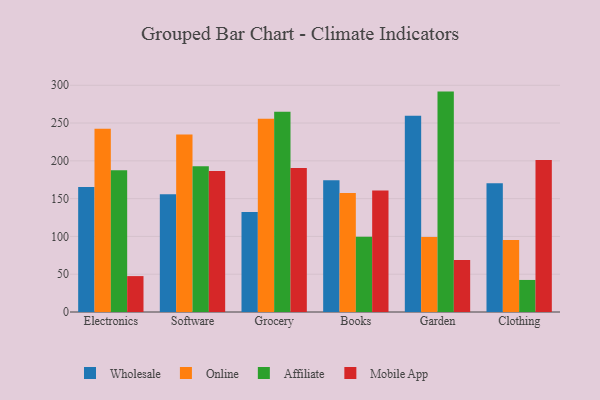
{"axis": {"x": "Category", "y": "Customer Acquisition Cost (USD)"}, "legend": ["Affiliate", "Mobile App", "Online", "Wholesale"], "data": [{"x": "Electronics", "y": 165.4, "type": "Wholesale"}, {"x": "Electronics", "y": 242.4, "type": "Online"}, {"x": "Electronics", "y": 187.6, "type": "Affiliate"}, {"x": "Electronics", "y": 47.5, "type": "Mobile App"}, {"x": "Software", "y": 155.8, "type": "Wholesale"}, {"x": "Software", "y": 234.7, "type": "Online"}, {"x": "Software", "y": 192.7, "type": "Affiliate"}, {"x": "Software", "y": 186.6, "type": "Mobile App"}, {"x": "Grocery", "y": 132.4, "type": "Wholesale"}, {"x": "Grocery", "y": 255.8, "type": "Online"}, {"x": "Grocery", "y": 265.0, "type": "Affiliate"}, {"x": "Grocery", "y": 190.5, "type": "Mobile App"}, {"x": "Books", "y": 174.3, "type": "Wholesale"}, {"x": "Books", "y": 157.5, "type": "Online"}, {"x": "Books", "y": 99.6, "type": "Affiliate"}, {"x": "Books", "y": 160.9, "type": "Mobile App"}, {"x": "Garden", "y": 259.6, "type": "Wholesale"}, {"x": "Garden", "y": 99.1, "type": "Online"}, {"x": "Garden", "y": 291.6, "type": "Affiliate"}, {"x": "Garden", "y": 68.8, "type": "Mobile App"}, {"x": "Clothing", "y": 170.2, "type": "Wholesale"}, {"x": "Clothing", "y": 95.4, "type": "Online"}, {"x": "Clothing", "y": 42.4, "type": "Affiliate"}, {"x": "Clothing", "y": 201.1, "type": "Mobile App"}]}